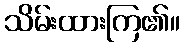
သိမ်းထားကြ၏။